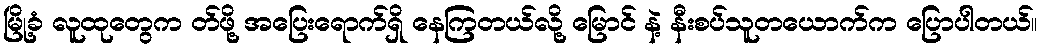
မြို့ခံ လူထုတွေက တ်ဖို့ အပြေးရောက်ရှိ နေကြတယ်လို့ မြောင် နဲ့ နီးစပ်သူတယောက်က ပြောပါတယ်။